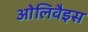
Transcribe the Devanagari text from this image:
ओलिवैइस